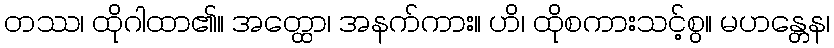
တဿ၊ ထိုဂါထာ၏။ အတ္ထော၊ အနက်ကား။ ဟိ၊ ထိုစကားသင့်စွ။ မဟန္တေန၊